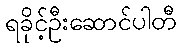
ရခိုင့်ဦးဆောင်ပါတီ